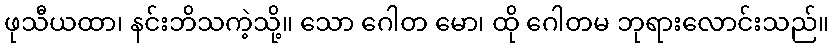
ဖုသီယထာ၊ နင်းဘိသကဲ့သို့။ သော ဂေါတ မော၊ ထို ဂေါတမ ဘုရားလောင်းသည်။